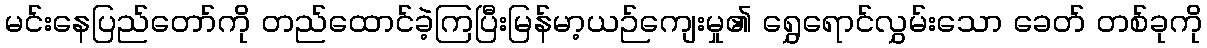
မင်းနေပြည်တော်ကို တည်ထောင်ခဲ့ကြပြီးမြန်မာ့ယဉ်ကျေးမှု၏ ရွှေရောင်လွှမ်းသော ခေတ် တစ်ခုကို